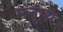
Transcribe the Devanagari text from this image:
मनुष्य़